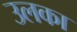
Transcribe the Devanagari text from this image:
उलका